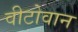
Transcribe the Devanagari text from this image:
वीटोवान